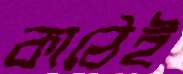
কাঠেই